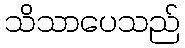
သိသာပေသည်